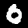
Label: 0